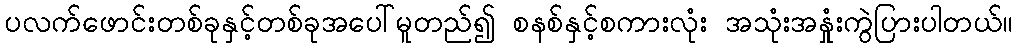
ပလက်ဖောင်းတစ်ခုနှင့်တစ်ခုအပေါ်မူတည်၍ စနစ်နှင့်စကားလုံး အသုံးအနှုံးကွဲပြားပါတယ်။